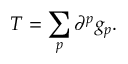
T = \sum _ { p } \partial ^ { p } g _ { p } .